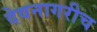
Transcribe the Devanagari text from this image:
देवनागरीच